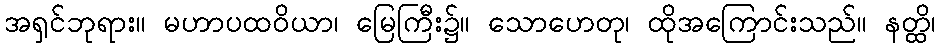
အရှင်ဘုရား။ မဟာပထဝိယာ၊ မြေကြီး၌။ သောဟေတု၊ ထိုအကြောင်းသည်။ နတ္ထိ၊